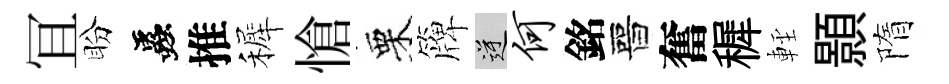
冝盼蟲推裤愴栗簰逆何銘晉奮穉䡖顥隋